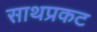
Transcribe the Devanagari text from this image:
साथप्रकट